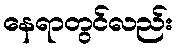
နေရာတွင်လည်း